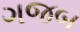
ગજબ